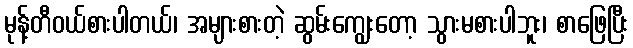
မုန့်တီဝယ်စားပါတယ်၊ အများစားတဲ့ ဆွမ်းကျွေးတော့ သွားမစားပါဘူး၊ စာဖြေပြီး